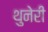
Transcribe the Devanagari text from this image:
थुनेरी